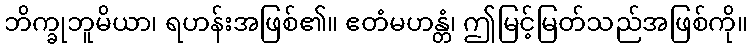
ဘိက္ခုဘူမိယာ၊ ရဟန်းအဖြစ်၏။ ဧတံမဟန္တံ၊ ဤမြင့်မြတ်သည်အဖြစ်ကို။